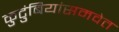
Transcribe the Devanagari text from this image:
कुटुंबियांसमवेत